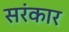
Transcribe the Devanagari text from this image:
सरंकार